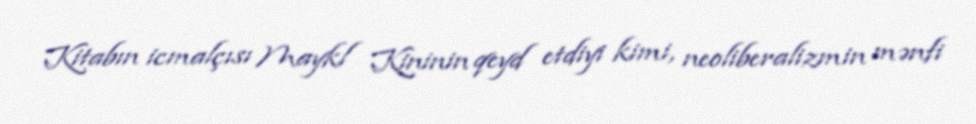
Kitabın icmalçısı Maykl Kininin qeyd etdiyi kimi, neoliberalizmin mənfi